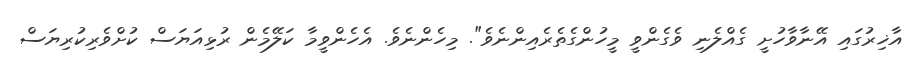
އާޚިރުގައި އޭނާވާހުށީ ގެއްލެނި ވެގެންވީ މީހުންގެތެރެއިންނެވެ". މިހެންނެވެ. އެހެންވީމާ ކަލޭމެން ރުޅިއަޔަސް ކުށްވެރިކުރިޔަސް